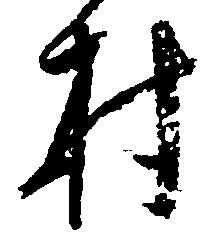
村